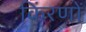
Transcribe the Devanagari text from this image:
किंरणों